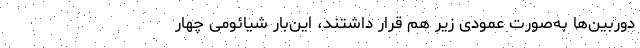
دوربین‌ها به‌صورت عمودی زیر هم قرار داشتند، این‌بار شیائومی چهار